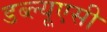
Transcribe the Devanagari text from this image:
डब्ल्यूएसी